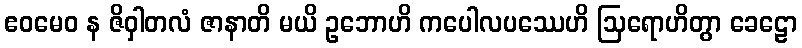
ဧဝမေဝ န ဇိဝှါတလံ ဇာနာတိ မယိ ဥဘောဟိ ကပေါလပဿေဟိ ဩရောဟိတွာ ခေဠော